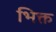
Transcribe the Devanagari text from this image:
भिक्त